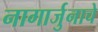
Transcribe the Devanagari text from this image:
नागार्जुनाचे